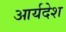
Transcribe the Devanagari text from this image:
आर्यदेश